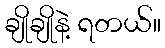
ချိုချိုနဲ့ ရတယ်။